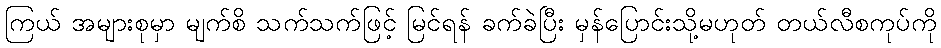
ကြယ် အများစုမှာ မျက်စိ သက်သက်ဖြင့် မြင်ရန် ခက်ခဲပြီး မှန်ပြောင်းသို့မဟုတ် တယ်လီစကုပ်ကို